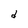
Character: d